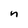
Character: n